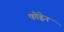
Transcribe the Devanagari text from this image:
फोह्लेन